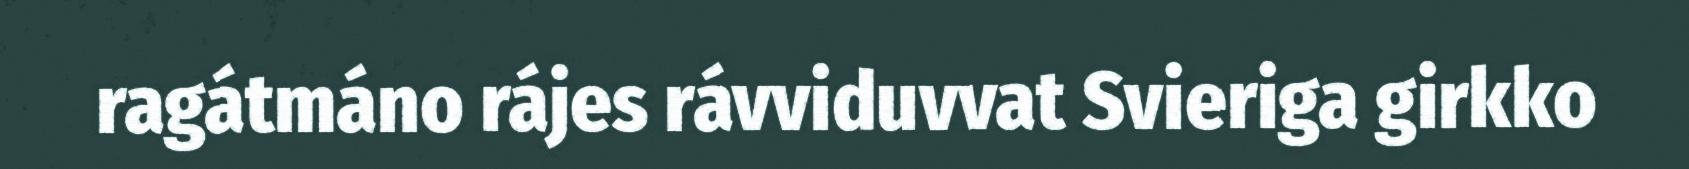
ragátmáno rájes rávviduvvat Svieriga girkko